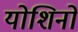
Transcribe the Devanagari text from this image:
योशिनो